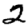
Digit: 2